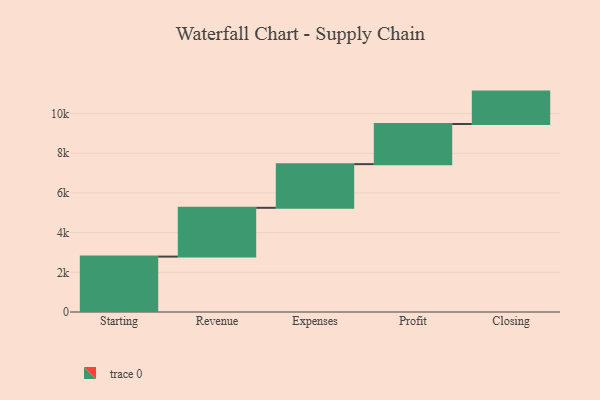
{"axis": {"x": "Step", "y": "Value"}, "legend": [""], "data": [{"x": "Starting", "y": 2792.0, "type": ""}, {"x": "Revenue", "y": 2459.0, "type": ""}, {"x": "Expenses", "y": 2201.0, "type": ""}, {"x": "Profit", "y": 2024.0, "type": ""}, {"x": "Closing", "y": 1632.0, "type": ""}]}